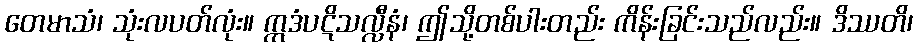
တေမာသံ၊ သုံးလပတ်လုံး။ ဣဒံပဋိသလ္လီနံ၊ ဤသို့တစ်ပါးတည်း ကိန်းခြင်းသည်လည်း။ ဒိဿတိ၊